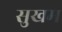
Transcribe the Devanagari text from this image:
सुखम